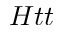
H t t